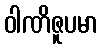
ဝါဏိဇူပမာ